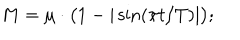
LaTeX: M = \mu \cdot \bigl ( 1 - | \sin ( \pi t / T ) | \bigr ) ;